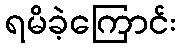
ရမိခဲ့ကြောင်း